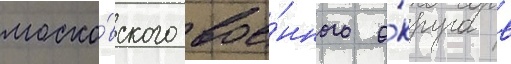
моско́вского вое́нного о́круга в